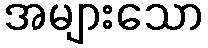
အများသော